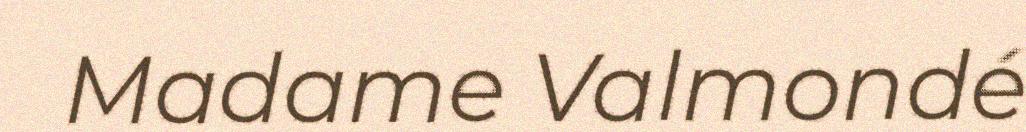
Madame Valmondé